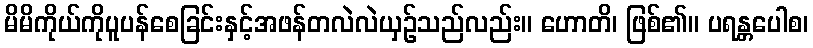
မိမိကိုယ်ကိုပူပန်စေခြင်းနှင့်အဖန်တလဲလဲယှဉ်သည်လည်း။ ဟောတိ၊ ဖြစ်၏။ ပရန္တပေါစ၊